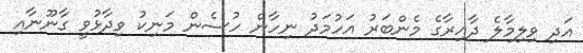
އަދި ވިލިމާލެ ދާއިރާގެ މެންބަރު އަހުމަދު ނިހާން ހުސެން މަނިކު ވިދާޅުވީ ގާނޫނާއި